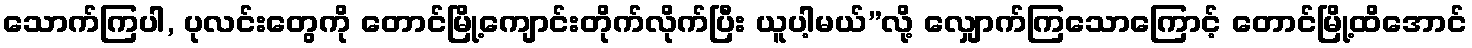
သောက်ကြပါ, ပုလင်းတွေကို တောင်မြို့ကျောင်းတိုက်လိုက်ပြီး ယူပါ့မယ်”လို့ လျှောက်ကြသောကြောင့် တောင်မြို့ထိအောင်